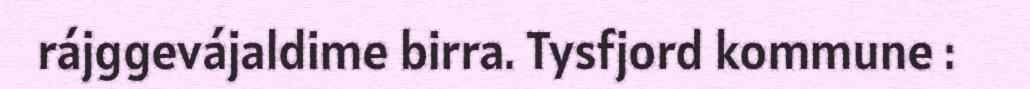
rájggevájaldime birra. Tysfjord kommune :